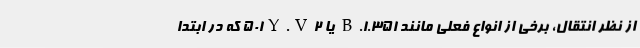
از نظر انتقال، برخی از انواع فعلی مانند B.۱.۳۵۱ یا ۵۰۱Y.V۲ که در ابتدا